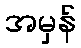
အမှန်